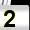
Digit: 2